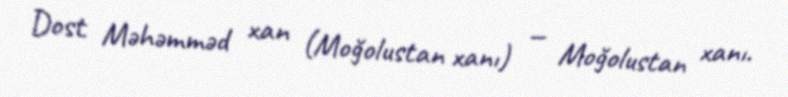
Dost Məhəmməd xan (Moğolustan xanı) — Moğolustan xanı.